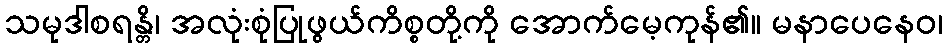
သမုဒါစရန္တိ၊ အလုံးစုံပြုဖွယ်ကိစ္စတို့ကို အောက်မေ့ကုန်၏။ မနာပေနေဝ၊